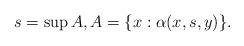
LaTeX: \begin{align*}s=\sup A, A = \{ x : \alpha(x,s,y)\}.\end{align*}